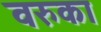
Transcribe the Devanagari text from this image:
वरुका